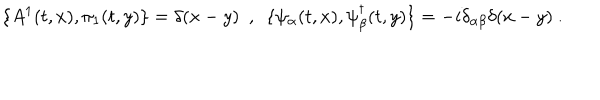
\{ A ^ { 1 } ( t , x ) , \pi _ { 1 } ( t , y ) \} = \delta ( x - y ) \ \ , \ \ \{ \psi _ { \alpha } ( t , x ) , \psi _ { \beta } ^ { \dagger } ( t , y ) \} = - i \delta _ { \alpha \beta } \delta ( x - y ) \ .